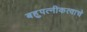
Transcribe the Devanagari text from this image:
बहुपत्‍नीकत्वाचे